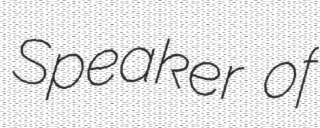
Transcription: Speaker of